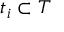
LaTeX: t _ { i } \subset T